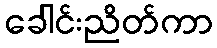
ခေါင်းညိတ်ကာ